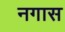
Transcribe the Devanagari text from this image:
नगास